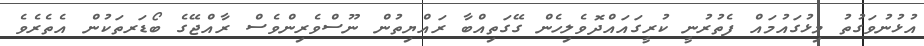
އުޅުނުވަގުތު މިޅުގައުމައް ފެތުރުނީ ކުރީގައައްދޮވެލިހެން ގޭގަތިއްބާ ރައްޔިތުން ނޫސްވެރިންވެސް ރާއްޖޭގެ ބޯޑަރތަކުން އެތެރެވެ